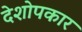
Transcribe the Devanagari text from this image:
देशोपकार